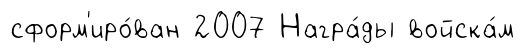
сформ'иро́ван 2007 Награ́ды войска́м